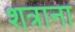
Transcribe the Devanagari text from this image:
शत्राना